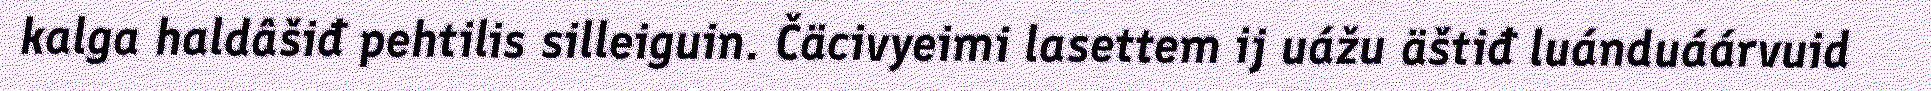
kalga haldâšiđ pehtilis silleiguin. Čäcivyeimi lasettem ij uážu äštiđ luánduáárvuid